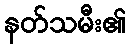
နတ်သမီး၏